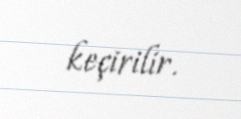
keçirilir.